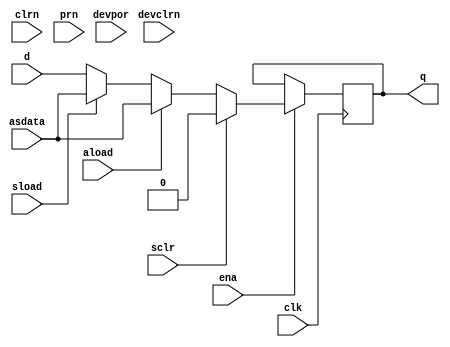
// Based on cyclonev_atoms.v from Quartus II 14.0.0 Build 200 06/17/2014

// ==========================================================================================

module dffeas (d, clk, ena, clrn, prn, aload, asdata, sclr, sload, devclrn, devpor, q );
   // GLOBAL PARAMETER DECLARATION
   parameter power_up = "DONT_CARE";
   parameter is_wysiwyg = "false";
   parameter dont_touch = "false";


   parameter x_on_violation = "on";
   parameter lpm_type = "dffeas";

   input d;
   input clk;
   input ena;
   input clrn;
   input prn;
   input aload; 
   input asdata;  
   input sclr; 
   input sload; 
   input devclrn; 
   input devpor; 

   output reg q = 0;

   always @(posedge clk) begin
      if (ena == 1'b1) begin
         if (sclr == 1'b1)
           q <= 0;
         else if (aload == 1'b1)
           q <= asdata;
         else if (sload == 1'b1)
           q <= asdata;
         else
           q <= d;
      end
   end

endmodule


module cyclonev_lcell_comb (
	                        dataa, datab, datac, datad, datae, dataf, datag, cin, sharein,
	                        combout, sumout, cout, shareout
                            );

   input dataa, datab, datac, datad, datae, dataf, datag, cin, sharein;
   output reg combout = 0, sumout = 0, cout = 0, shareout = 0;

   parameter lut_mask = 64'hFFFFFFFFFFFFFFFF;
   parameter shared_arith = "off";
   parameter extended_lut = "off";
   parameter dont_touch = "off";
   parameter lpm_type = "cyclonev_lcell_comb";

   localparam ishared_arith = shared_arith == "on";
   localparam iextended_lut = extended_lut == "on";

   localparam [15:0] f0_mask = lut_mask[15:0];
   localparam [15:0] f1_mask = lut_mask[31:16];
   localparam [15:0] f2_mask = lut_mask[47:32];
   localparam [15:0] f3_mask = lut_mask[63:48];

   reg        f0_out, f1_out, f2_out, f3_out;
   reg        g0_out, g1_out;
   reg        f2_input3, f2_f;
   reg        adder_input2;

   // 4-input LUT function
   function lut4;
      input [15:0] mask;
      input        dataa;
      input        datab;
      input        datac;
      input        datad;
      begin
         lut4 = datad ? ( datac ? ( datab ? ( dataa ? mask[15] : mask[14])
                                    : ( dataa ? mask[13] : mask[12]))
                          : ( datab ? ( dataa ? mask[11] : mask[10])
                              : ( dataa ? mask[ 9] : mask[ 8])))
           : ( datac ? ( datab ? ( dataa ? mask[ 7] : mask[ 6])
                         : ( dataa ? mask[ 5] : mask[ 4]))
               : ( datab ? ( dataa ? mask[ 3] : mask[ 2])
                   : ( dataa ? mask[ 1] : mask[ 0])));
      end
   endfunction

   // 5-input LUT function
   function lut5;
      input [31:0] mask;
      input        dataa;
      input        datab;
      input        datac;
      input        datad;
      input        datae;
      reg          e0_lut;
      reg          e1_lut;
      reg [15:0]   e0_mask;
      reg [31:16]  e1_mask;
      begin
         e0_mask = mask[15:0];
         e1_mask = mask[31:16];
         e0_lut = lut4(e0_mask, dataa, datab, datac, datad);
         e1_lut = lut4(e1_mask, dataa, datab, datac, datad);
      end
   endfunction

   // 6-input LUT function
   function lut6;
      input [63:0] mask;
      input        dataa;
      input        datab;
      input        datac;
      input        datad;
      input        datae;
      input        dataf;
      reg          f0_lut;
      reg          f1_lut;
      reg [31:0]   f0_mask;
      reg [63:32]  f1_mask ;
      begin
         f0_mask = mask[31:0];
         f1_mask = mask[63:32];
         lut6 = mask[{dataf, datae, datad, datac, datab, dataa}];
      end
   endfunction

   always @(datag or dataf or datae or datad or datac or
            datab or dataa or cin or sharein)
     begin
        // check for extended LUT mode
        if (iextended_lut == 1)
          f2_input3 = datag;
        else
          f2_input3 = datac;

        f0_out = lut4(f0_mask, dataa, datab, datac, datad);
        f1_out = lut4(f1_mask, dataa, datab, f2_input3, datad);
        f2_out = lut4(f2_mask, dataa, datab, datac, datad);
        f3_out = lut4(f3_mask, dataa, datab, f2_input3, datad);

        // combout is the 6-input LUT
        if (iextended_lut == 1)
          begin
             if (datae == 1'b0)
               begin
                  g0_out = f0_out;
                  g1_out = f2_out;
               end
             else if (datae == 1'b1)
               begin
                  g0_out = f1_out;
                  g1_out = f3_out;
               end
             else
               begin
                  if (f0_out == f1_out)
                    g0_out = f0_out;
                  else
                    g0_out = 1'bX;

                  if (f2_out == f3_out)
                    g1_out = f2_out;
                  else
                    g1_out = 1'bX;
               end

             if (dataf == 1'b0)
               combout = g0_out;
             else if ((dataf == 1'b1) || (g0_out == g1_out))
               combout = g1_out;
             else
               combout = 1'bX;
          end
        else
          combout = lut6(lut_mask, dataa, datab, datac, datad, datae, dataf);

        // check for shareed arithmetic mode
        if (ishared_arith == 1)
          adder_input2 = sharein;
        else
          begin
             f2_f = lut4(f2_mask, dataa, datab, datac, dataf);
             adder_input2 = !f2_f;
          end

        // sumout & cout
        sumout = cin ^ f0_out ^ adder_input2;
        cout = (cin & f0_out) | (cin & adder_input2) | (f0_out & adder_input2);
        shareout = f2_out;
     end

endmodule

module cyclonev_clkena    (
                           inclk,
                           ena,
                           enaout,
                           outclk);

   // leda G_521_3_B off
   parameter    clock_type    =    "auto";
   parameter    ena_register_mode    =    "always enabled";
   parameter    lpm_type    =    "cyclonev_clkena";
   parameter    ena_register_power_up    =    "high";
   parameter    disable_mode    =    "low";
   parameter    test_syn    =    "high";
   // leda G_521_3_B on

   input    inclk;
   input    ena;
   output   enaout;
   output   outclk;

   assign outclk = ena ? inclk : 1'b0;
   assign enaout = ena;

endmodule //cyclonev_clkena


// ==========================================================================================

module cyclonev_io_ibuf (i, ibar, dynamicterminationcontrol, o);

   parameter differential_mode = 0;
   parameter bus_hold = 0;
   parameter simulate_z_as = 0;
   parameter lpm_type = 0;

   input i;
   input ibar;
   input dynamicterminationcontrol;
   output o;

   assign o = i;

endmodule

// ==========================================================================================

module cyclonev_io_obuf (i, oe, dynamicterminationcontrol, seriesterminationcontrol, parallelterminationcontrol, devoe, o, obar);

   parameter open_drain_output = 0;
   parameter bus_hold = 0;
   parameter shift_series_termination_control = 0;
   parameter sim_dynamic_termination_control_is_connected = 0;
   parameter lpm_type = 0;

   input i;
   input oe;
   input devoe;
   input dynamicterminationcontrol;
   input [15:0] seriesterminationcontrol;
   input [15:0] parallelterminationcontrol;
   output       o;
   output       obar;

   assign o = i, obar = ~i;

endmodule

module cyclone10lp_lcell_comb (
	                        dataa, datab, datac, datad, datae, dataf, datag, cin, sharein,
	                        combout, sumout, cout, shareout
                            );

   input dataa, datab, datac, datad, datae, dataf, datag, cin, sharein;
   output reg combout = 0, sumout = 0, cout = 0, shareout = 0;

   parameter lut_mask = 64'hFFFFFFFFFFFFFFFF;
   parameter shared_arith = "off";
   parameter extended_lut = "off";
   parameter dont_touch = "off";
   parameter lpm_type = "cyclone10lp_lcell_comb";

   localparam ishared_arith = shared_arith == "on";
   localparam iextended_lut = extended_lut == "on";

   localparam [15:0] f0_mask = lut_mask[15:0];
   localparam [15:0] f1_mask = lut_mask[31:16];
   localparam [15:0] f2_mask = lut_mask[47:32];
   localparam [15:0] f3_mask = lut_mask[63:48];

   reg        f0_out, f1_out, f2_out, f3_out;
   reg        g0_out, g1_out;
   reg        f2_input3, f2_f;
   reg        adder_input2;

   // 4-input LUT function
   function lut4;
      input [15:0] mask;
      input        dataa;
      input        datab;
      input        datac;
      input        datad;
      begin
         lut4 = datad ? ( datac ? ( datab ? ( dataa ? mask[15] : mask[14])
                                    : ( dataa ? mask[13] : mask[12]))
                          : ( datab ? ( dataa ? mask[11] : mask[10])
                              : ( dataa ? mask[ 9] : mask[ 8])))
           : ( datac ? ( datab ? ( dataa ? mask[ 7] : mask[ 6])
                         : ( dataa ? mask[ 5] : mask[ 4]))
               : ( datab ? ( dataa ? mask[ 3] : mask[ 2])
                   : ( dataa ? mask[ 1] : mask[ 0])));
      end
   endfunction

   // 5-input LUT function
   function lut5;
      input [31:0] mask;
      input        dataa;
      input        datab;
      input        datac;
      input        datad;
      input        datae;
      reg          e0_lut;
      reg          e1_lut;
      reg [15:0]   e0_mask;
      reg [31:16]  e1_mask;
      begin
         e0_mask = mask[15:0];
         e1_mask = mask[31:16];
         e0_lut = lut4(e0_mask, dataa, datab, datac, datad);
         e1_lut = lut4(e1_mask, dataa, datab, datac, datad);
      end
   endfunction

   // 6-input LUT function
   function lut6;
      input [63:0] mask;
      input        dataa;
      input        datab;
      input        datac;
      input        datad;
      input        datae;
      input        dataf;
      reg          f0_lut;
      reg          f1_lut;
      reg [31:0]   f0_mask;
      reg [63:32]  f1_mask ;
      begin
         f0_mask = mask[31:0];
         f1_mask = mask[63:32];
         lut6 = mask[{dataf, datae, datad, datac, datab, dataa}];
      end
   endfunction

   always @(datag or dataf or datae or datad or datac or
            datab or dataa or cin or sharein)
     begin
        // check for extended LUT mode
        if (iextended_lut == 1)
          f2_input3 = datag;
        else
          f2_input3 = datac;

        f0_out = lut4(f0_mask, dataa, datab, datac, datad);
        f1_out = lut4(f1_mask, dataa, datab, f2_input3, datad);
        f2_out = lut4(f2_mask, dataa, datab, datac, datad);
        f3_out = lut4(f3_mask, dataa, datab, f2_input3, datad);

        // combout is the 6-input LUT
        if (iextended_lut == 1)
          begin
             if (datae == 1'b0)
               begin
                  g0_out = f0_out;
                  g1_out = f2_out;
               end
             else if (datae == 1'b1)
               begin
                  g0_out = f1_out;
                  g1_out = f3_out;
               end
             else
               begin
                  if (f0_out == f1_out)
                    g0_out = f0_out;
                  else
                    g0_out = 1'bX;

                  if (f2_out == f3_out)
                    g1_out = f2_out;
                  else
                    g1_out = 1'bX;
               end

             if (dataf == 1'b0)
               combout = g0_out;
             else if ((dataf == 1'b1) || (g0_out == g1_out))
               combout = g1_out;
             else
               combout = 1'bX;
          end
        else
          combout = lut6(lut_mask, dataa, datab, datac, datad, datae, dataf);

        // check for shareed arithmetic mode
        if (ishared_arith == 1)
          adder_input2 = sharein;
        else
          begin
             f2_f = lut4(f2_mask, dataa, datab, datac, dataf);
             adder_input2 = !f2_f;
          end

        // sumout & cout
        sumout = cin ^ f0_out ^ adder_input2;
        cout = (cin & f0_out) | (cin & adder_input2) | (f0_out & adder_input2);
        shareout = f2_out;
     end

endmodule

// ==========================================================================================

module cyclone10lp_io_ibuf (i, ibar, dynamicterminationcontrol, o);

   parameter differential_mode = 0;
   parameter bus_hold = 0;
   parameter simulate_z_as = 0;
   parameter lpm_type = 0;

   input i;
   input ibar;
   input dynamicterminationcontrol;
   output o;

   assign o = i;

endmodule

// ==========================================================================================

module cyclone10lp_io_obuf (i, oe, dynamicterminationcontrol, seriesterminationcontrol, parallelterminationcontrol, devoe, o, obar);

   parameter open_drain_output = 0;
   parameter bus_hold = 0;
   parameter shift_series_termination_control = 0;
   parameter sim_dynamic_termination_control_is_connected = 0;
   parameter lpm_type = 0;

   input i;
   input oe;
   input devoe;
   input dynamicterminationcontrol;
   input [15:0] seriesterminationcontrol;
   input [15:0] parallelterminationcontrol;
   output       o;
   output       obar;

   assign o = i, obar = ~i;

endmodule

module cyclone10lp_clkena    (
                           inclk,
                           ena,
                           enaout,
                           outclk);

   // leda G_521_3_B off
   parameter    clock_type    =    "auto";
   parameter    ena_register_mode    =    "always enabled";
   parameter    lpm_type    =    "cyclone10lp_clkena";
   parameter    ena_register_power_up    =    "high";
   parameter    disable_mode    =    "low";
   parameter    test_syn    =    "high";
   // leda G_521_3_B on

   input    inclk;
   input    ena;
   output   enaout;
   output   outclk;

   assign outclk = ena ? inclk : 1'b0;
   assign enaout = ena;

endmodule //cyclone10lp_clkena

module cyclone10gx_lcell_comb (
	                        dataa, datab, datac, datad, datae, dataf, datag, cin, sharein,
	                        combout, sumout, cout, shareout
                            );

   input dataa, datab, datac, datad, datae, dataf, datag, cin, sharein;
   output reg combout = 0, sumout = 0, cout = 0, shareout = 0;

   parameter lut_mask = 64'hFFFFFFFFFFFFFFFF;
   parameter shared_arith = "off";
   parameter extended_lut = "off";
   parameter dont_touch = "off";
   parameter lpm_type = "cyclone10gx_lcell_comb";

   localparam ishared_arith = shared_arith == "on";
   localparam iextended_lut = extended_lut == "on";

   localparam [15:0] f0_mask = lut_mask[15:0];
   localparam [15:0] f1_mask = lut_mask[31:16];
   localparam [15:0] f2_mask = lut_mask[47:32];
   localparam [15:0] f3_mask = lut_mask[63:48];

   reg        f0_out, f1_out, f2_out, f3_out;
   reg        g0_out, g1_out;
   reg        f2_input3, f2_f;
   reg        adder_input2;

   // 4-input LUT function
   function lut4;
      input [15:0] mask;
      input        dataa;
      input        datab;
      input        datac;
      input        datad;
      begin
         lut4 = datad ? ( datac ? ( datab ? ( dataa ? mask[15] : mask[14])
                                    : ( dataa ? mask[13] : mask[12]))
                          : ( datab ? ( dataa ? mask[11] : mask[10])
                              : ( dataa ? mask[ 9] : mask[ 8])))
           : ( datac ? ( datab ? ( dataa ? mask[ 7] : mask[ 6])
                         : ( dataa ? mask[ 5] : mask[ 4]))
               : ( datab ? ( dataa ? mask[ 3] : mask[ 2])
                   : ( dataa ? mask[ 1] : mask[ 0])));
      end
   endfunction

   // 5-input LUT function
   function lut5;
      input [31:0] mask;
      input        dataa;
      input        datab;
      input        datac;
      input        datad;
      input        datae;
      reg          e0_lut;
      reg          e1_lut;
      reg [15:0]   e0_mask;
      reg [31:16]  e1_mask;
      begin
         e0_mask = mask[15:0];
         e1_mask = mask[31:16];
         e0_lut = lut4(e0_mask, dataa, datab, datac, datad);
         e1_lut = lut4(e1_mask, dataa, datab, datac, datad);
      end
   endfunction

   // 6-input LUT function
   function lut6;
      input [63:0] mask;
      input        dataa;
      input        datab;
      input        datac;
      input        datad;
      input        datae;
      input        dataf;
      reg          f0_lut;
      reg          f1_lut;
      reg [31:0]   f0_mask;
      reg [63:32]  f1_mask ;
      begin
         f0_mask = mask[31:0];
         f1_mask = mask[63:32];
         lut6 = mask[{dataf, datae, datad, datac, datab, dataa}];
      end
   endfunction

   always @(datag or dataf or datae or datad or datac or
            datab or dataa or cin or sharein)
     begin
        // check for extended LUT mode
        if (iextended_lut == 1)
          f2_input3 = datag;
        else
          f2_input3 = datac;

        f0_out = lut4(f0_mask, dataa, datab, datac, datad);
        f1_out = lut4(f1_mask, dataa, datab, f2_input3, datad);
        f2_out = lut4(f2_mask, dataa, datab, datac, datad);
        f3_out = lut4(f3_mask, dataa, datab, f2_input3, datad);

        // combout is the 6-input LUT
        if (iextended_lut == 1)
          begin
             if (datae == 1'b0)
               begin
                  g0_out = f0_out;
                  g1_out = f2_out;
               end
             else if (datae == 1'b1)
               begin
                  g0_out = f1_out;
                  g1_out = f3_out;
               end
             else
               begin
                  if (f0_out == f1_out)
                    g0_out = f0_out;
                  else
                    g0_out = 1'bX;

                  if (f2_out == f3_out)
                    g1_out = f2_out;
                  else
                    g1_out = 1'bX;
               end

             if (dataf == 1'b0)
               combout = g0_out;
             else if ((dataf == 1'b1) || (g0_out == g1_out))
               combout = g1_out;
             else
               combout = 1'bX;
          end
        else
          combout = lut6(lut_mask, dataa, datab, datac, datad, datae, dataf);

        // check for shareed arithmetic mode
        if (ishared_arith == 1)
          adder_input2 = sharein;
        else
          begin
             f2_f = lut4(f2_mask, dataa, datab, datac, dataf);
             adder_input2 = !f2_f;
          end

        // sumout & cout
        sumout = cin ^ f0_out ^ adder_input2;
        cout = (cin & f0_out) | (cin & adder_input2) | (f0_out & adder_input2);
        shareout = f2_out;
     end

endmodule

// ==========================================================================================

module cyclone10gx_io_ibuf (i, ibar, dynamicterminationcontrol, o);

   parameter differential_mode = 0;
   parameter bus_hold = 0;
   parameter simulate_z_as = 0;
   parameter lpm_type = 0;

   input i;
   input ibar;
   input dynamicterminationcontrol;
   output o;

   assign o = i;

endmodule

// ==========================================================================================

module cyclone10gx_io_obuf (i, oe, dynamicterminationcontrol, seriesterminationcontrol, parallelterminationcontrol, devoe, o, obar);

   parameter open_drain_output = 0;
   parameter bus_hold = 0;
   parameter shift_series_termination_control = 0;
   parameter sim_dynamic_termination_control_is_connected = 0;
   parameter lpm_type = 0;

   input i;
   input oe;
   input devoe;
   input dynamicterminationcontrol;
   input [15:0] seriesterminationcontrol;
   input [15:0] parallelterminationcontrol;
   output       o;
   output       obar;

   assign o = i, obar = ~i;

endmodule

module cyclone10gx_clkena    (
                           inclk,
                           ena,
                           enaout,
                           outclk);

   // leda G_521_3_B off
   parameter    clock_type    =    "auto";
   parameter    ena_register_mode    =    "always enabled";
   parameter    lpm_type    =    "cyclone10gx_clkena";
   parameter    ena_register_power_up    =    "high";
   parameter    disable_mode    =    "low";
   parameter    test_syn    =    "high";
   // leda G_521_3_B on

   input    inclk;
   input    ena;
   output   enaout;
   output   outclk;

   assign outclk = ena ? inclk : 1'b0;
   assign enaout = ena;

endmodule //cyclone10gx_clkena